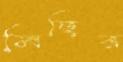
মিছির